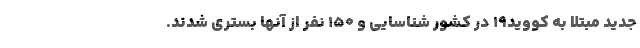
جدید مبتلا به کووید۱۹ در کشور شناسایی و ۱۵۰ نفر از آنها بستری شدند.